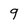
Character: 9